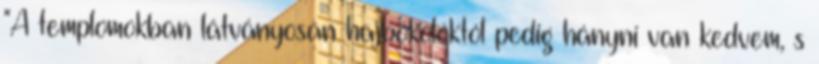
"A templomokban látványosan hajbókolóktól pedig hányni van kedvem, s